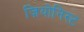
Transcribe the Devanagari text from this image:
ज़ियोनिस्ट